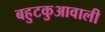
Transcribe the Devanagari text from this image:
बहुटकुआवाली